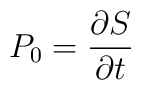
P_0=\frac{\partial S}{\partial t}